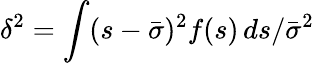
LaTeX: \delta^{2}=\int(s-\bar{\sigma})^{2}f(s)\, ds/\bar{\sigma}^{2}